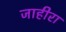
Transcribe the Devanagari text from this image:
जाहीरा